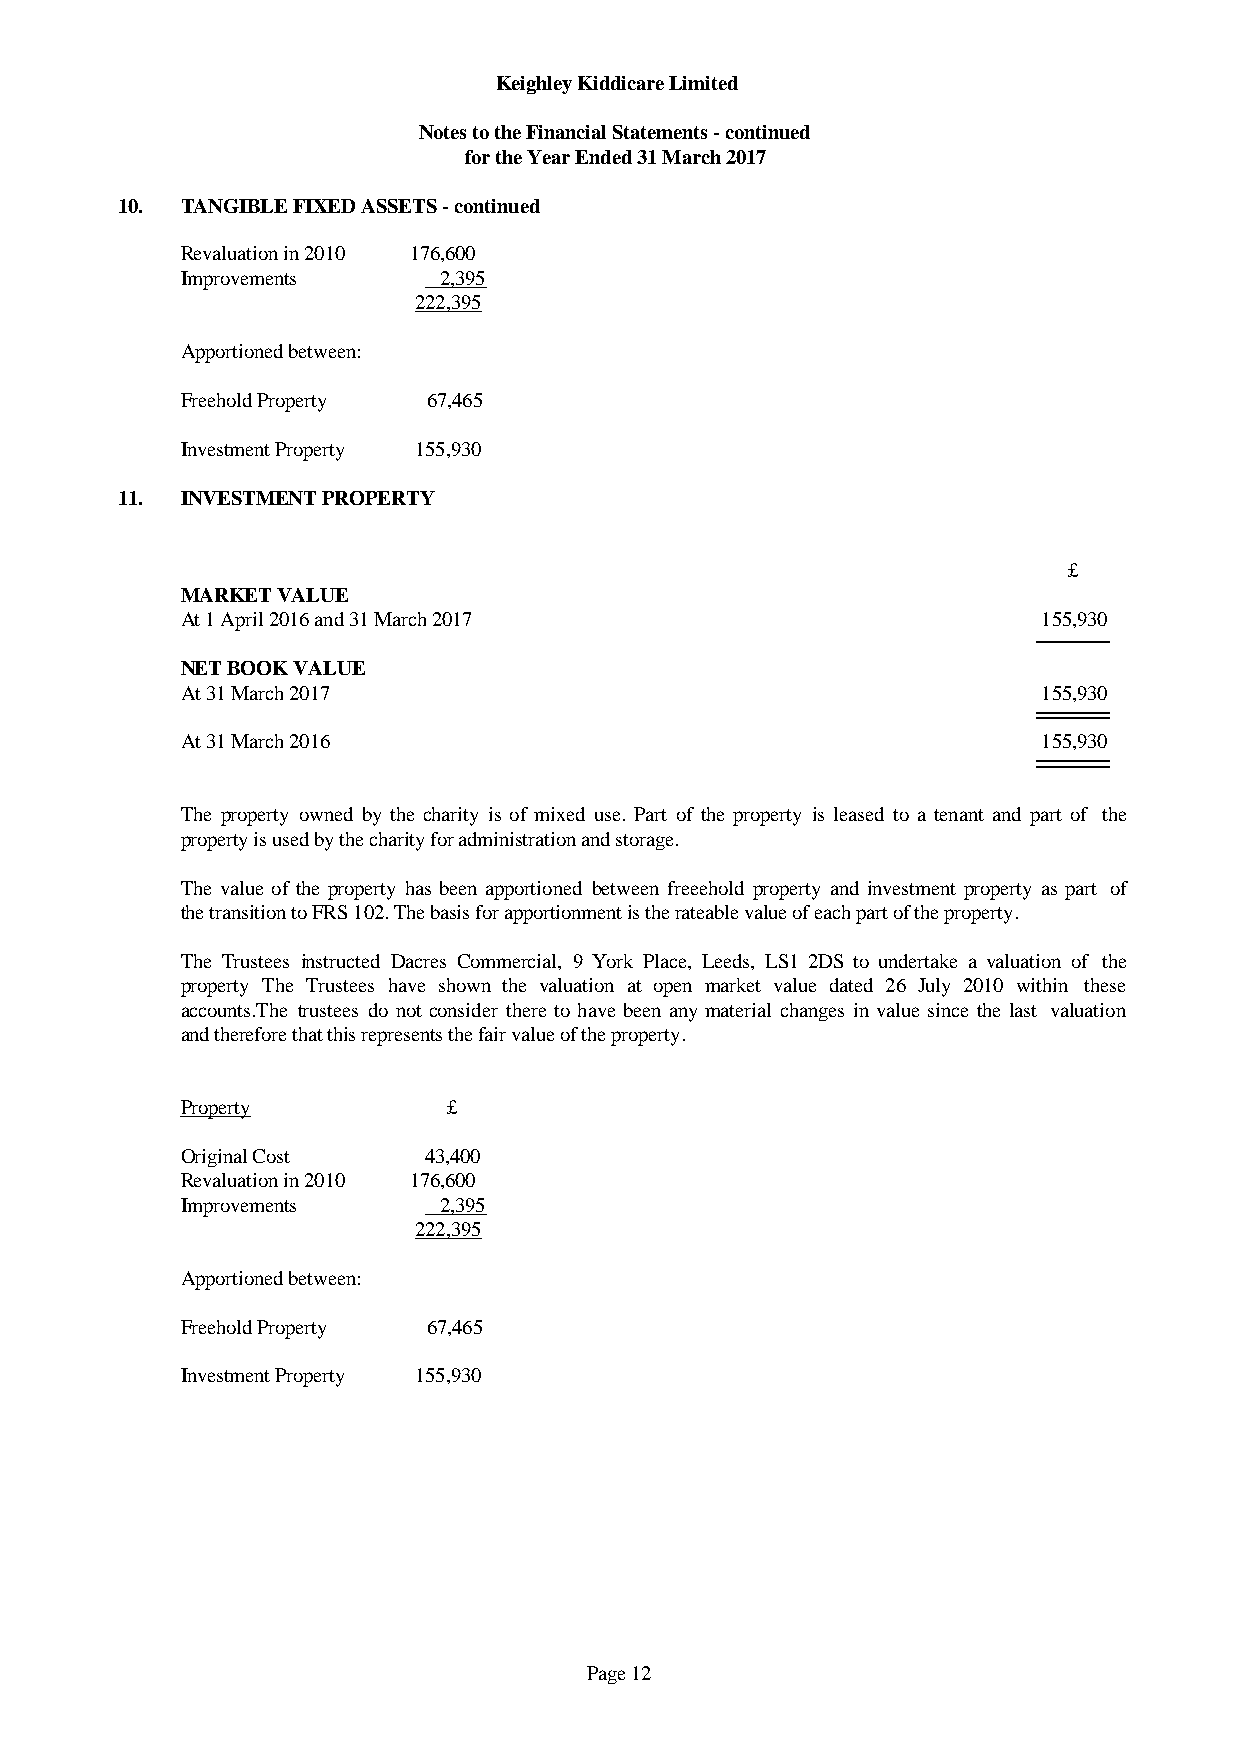
Keighley Kiddicare Limited
 Notes to the Financial Statements - continued
 for the Year Ended 31 March 2017
 10. TANGIBLE FIXED ASSETS - continued
 Revaluation in 2010 176,600
 Improvements     2,395
 222,395
 Apportioned between:
 Freehold Property 67,465
 Investment Property 155,930
 11. INVESTMENT PROPERTY
 £
 MARKET VALUE
 At 1 April 2016 and 31 March 2017                        155,930
 NET BOOK VALUE
 At 31 March 2017                                         155,930
 At 31 March 2016                                         155,930
 The property owned by the charity is of mixed use. Part of the property is leased to a tenant and part of the
 property is used by the charity for administration and storage.
 The value of the property has been apportioned between freeehold property and investmentproperty as part of
 the transition to FRS 102. The basis for apportionment is the rateable value of each part of the property.
 The Trustees instructed Dacres Commercial, 9 York Place, Leeds, LS1 2DS to undertake a valuation of the
 property The Trustees have shown the valuation at open market value dated 26 July 2010 within these
 accounts.The trustees do not consider there to have been any material changes in value since the last valuation
 and therefore that this represents the fair value of the property.
 Property          £
 Original Cost    43,400
 Revaluation in 2010 176,600
 Improvements     2,395
 222,395
 Apportioned between:
 Freehold Property 67,465
 Investment Property 155,930
 Page 12